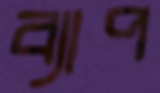
ব্যাপ